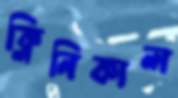
ক্লিনিকাল